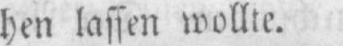
hen lassen wollte.